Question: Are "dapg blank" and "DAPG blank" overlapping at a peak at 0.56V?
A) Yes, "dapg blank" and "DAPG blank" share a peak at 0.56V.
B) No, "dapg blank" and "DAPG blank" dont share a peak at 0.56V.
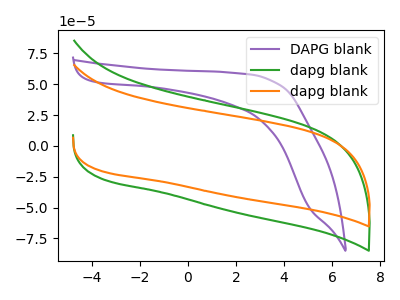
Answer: <think>The purple curve "DAPG blank" has no peaks. The green curve "dapg blank" has no peaks. The orange curve "dapg blank" has no peaks.</think>
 <answer>B) No, "dapg blank" and "DAPG blank" dont share a peak at 0.56V.</answer>
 <eval>B</eval>